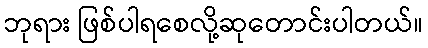
ဘုရား ဖြစ်ပါရစေလို့ဆုတောင်းပါတယ်။